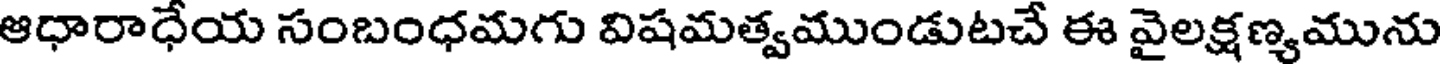
ఆధారాధేయ సంబంధమగు విషమత్వముండుటచే ఈ వైలక్షణ్యమును